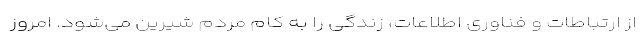
از ارتباطات و فناوری اطلاعات، زندگی را به کام مردم شیرین می‌شود. امروز